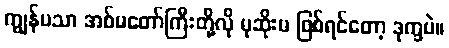
ကျွန်မသာ အစ်မတော်ကြီးတို့လို မုဆိုးမ ဖြစ်ရင်တော့ ဒုက္ခပဲ။